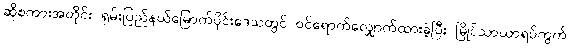
ဆိုစကားအတိုင်း ရှမ်းပြည်နယ်မြောက်ပိုင်းဒေသတွင် ဝင်ရောက်လျှောက်ထားခဲ့ပြီး မြိုင်သာယာရပ်ကွက်